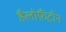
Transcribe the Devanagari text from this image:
हैलोफ़ैंट्रीन